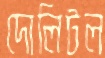
দোলিটল